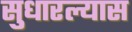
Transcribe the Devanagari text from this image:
सुधारल्यास